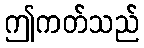
ဤကတ်သည်